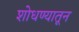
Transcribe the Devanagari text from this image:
शोधण्यातून